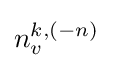
n_{v}^{k,(-n)}